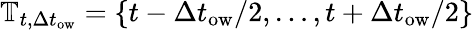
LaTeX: \mathbb{T}_{t,\Delta t_{\textrm{ow}}}=\left\{ t-\Delta t_{\textrm{ow}}/2,\ldots,t+\Delta t_{\textrm{ow}}/2\right\}